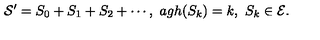
{ \cal S } ^ { \prime } = S _ { 0 } + S _ { 1 } + S _ { 2 } + \cdots , \ a g h ( S _ { k } ) = k , \ S _ { k } \in { \cal E } .